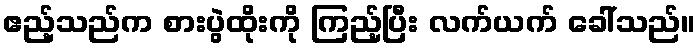
ဧည့်သည်က စားပွဲထိုးကို ကြည့်ပြီး လက်ယက် ခေါ်သည်။